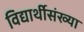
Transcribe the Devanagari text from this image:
विद्यार्थीसंख्या